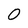
Character: 0